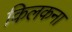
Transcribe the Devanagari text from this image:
किलकना